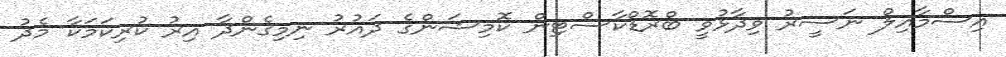
އިސްމާއިލް ނަސީރު ވިދާޅުވީ ބްރޮޑްކާސްޓިން ކޮމިޝަންގެ ދައުރު ނިމިގެންދާ އިރު ކުރިކަމަކާ މެދު